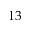
1 3